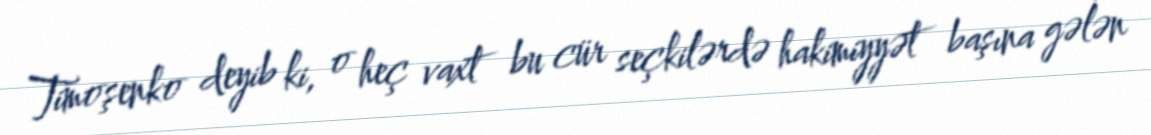
Timoşenko deyib ki, o heç vaxt bu cür seçkilərdə hakimiyyət başına gələn